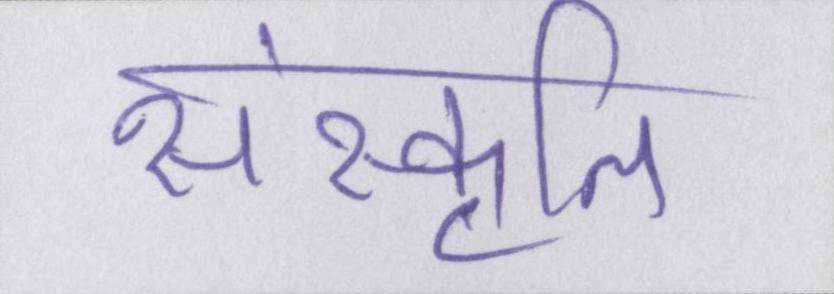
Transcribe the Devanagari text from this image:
संस्कॄति